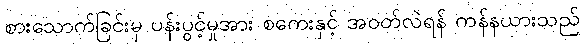
စားသောက်ခြင်းမှ ပန်းပွင့်မှုအား စကေးနှင့် အဝတ်လဲရန် ကန်နယားသည်